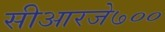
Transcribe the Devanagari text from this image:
सीआरजे७००